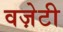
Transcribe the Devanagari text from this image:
वज़ेटी